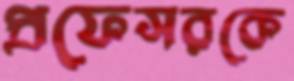
প্রফেসরকে